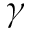
\gamma